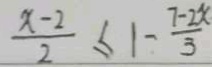
\frac { x - 2 } { 2 } \leq 1 - \frac { 7 - 2 x } { 3 }